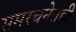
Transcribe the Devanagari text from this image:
समरचनेतही